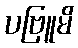
ပဗြူမိ